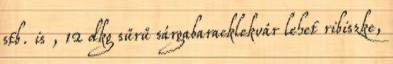
stb. is , 12 dkg sűrű sárgabaracklekvár lehet ribiszke,